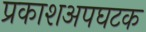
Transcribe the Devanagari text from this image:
प्रकाशअपघटक